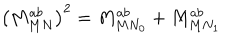
LaTeX: \left( M _ { M N } ^ { a b } \right) ^ { 2 } = M _ { { M N } _ { 0 } } ^ { a b } + M _ { { M N } _ { 1 } } ^ { a b }